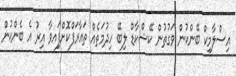
އިސްލާމިކް ބޭންކުން ވަގުތުން ކޭޝްކާޑް ލިބޭ ހިދުމަތެއް ތައާރަފްކޮށްފަިއވާ އިރު އެ ބެންކުން